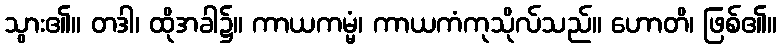
သွား၏။ တဒါ၊ ထိုအခါ၌။ ကာယကမ္မံ၊ ကာယကံကုသိုလ်သည်။ ဟောတိ၊ ဖြစ်၏။